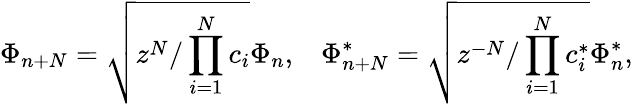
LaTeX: \Phi_{n+N}=\sqrt{z^{N}/\prod_{i=1}^{N}c_{i}}\Phi_{n},\; \; \; \Phi_{n+N}^{*}=\sqrt{z^{-N}/\prod_{i=1}^{N}c_{i}^{*}}\Phi_{n}^{*},